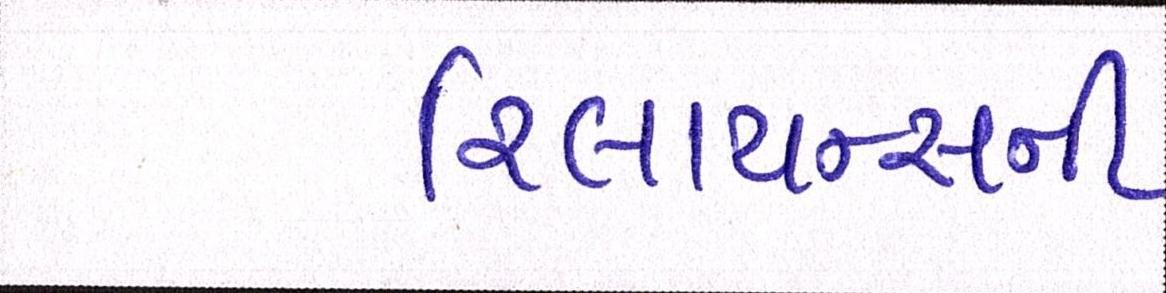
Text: રિલાયન્સની